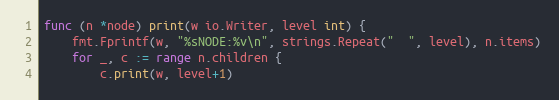
Language: Go
func (n *node) print(w io.Writer, level int) {
	fmt.Fprintf(w, "%sNODE:%v\n", strings.Repeat("  ", level), n.items)
	for _, c := range n.children {
		c.print(w, level+1)